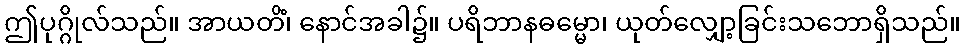
ဤပုဂ္ဂိုလ်သည်။ အာယတိံ၊ နောင်အခါ၌။ ပရိဘာနဓမ္မော၊ ယုတ်လျှော့ခြင်းသဘောရှိသည်။